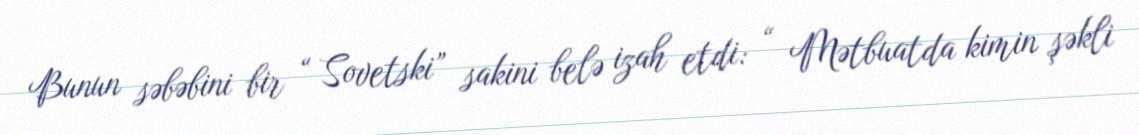
Bunun səbəbini bir “ Sovetski” sakini belə izah etdi: “ Mətbuatda kimin şəkli